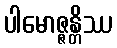
ပါမောဇ္ဇန္တိဿ